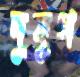
দুযুগ